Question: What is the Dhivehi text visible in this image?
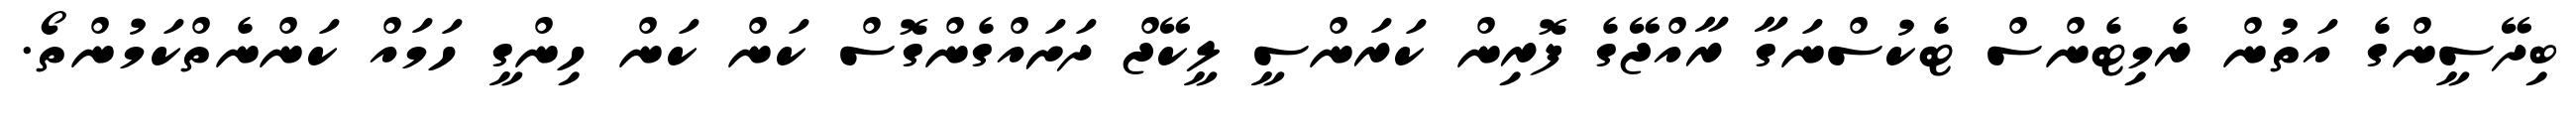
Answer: ބިދޭސީންގެ އަތުން ރެމިޓެންސް ޓެކުސްނަގާ ރާއްޖޭގެ ފޮރިން ކަރަންސީ ލީކޭޖް ދަށައްގެންގޮސް ކަން ކަން ހިންގީ ހަމައް ކަންނެތްކަމުންތޯ.